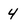
Character: 4